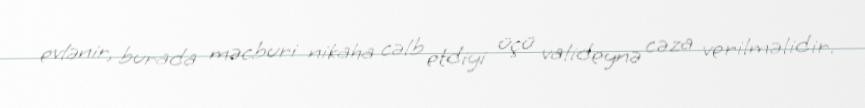
evlənir, burada məcburi nikaha cəlb etdiyi üçü valideynə cəza verilməlidir.